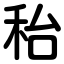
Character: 秮